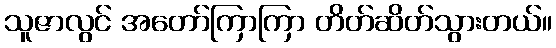
သူဇာလွင် အတော်ကြာကြာ တိတ်ဆိတ်သွားတယ်။